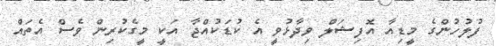
ފުލުހުންގެ މީޑިއާ އޮފިޝަލް ވިދާޅުވީ އެ ކުޑަކުއްޖާ އަކީ މީގެކުރިން ވެސް އެތައް